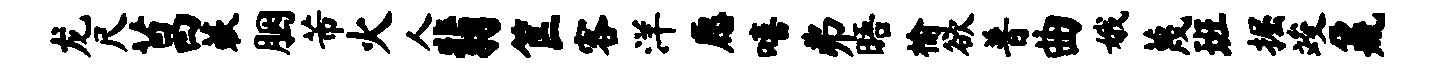
龙尺菖蔌胭芾火人翡筐客洋愿嘻弗晤榆欲普曲娥蔑班掘竣鼐